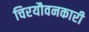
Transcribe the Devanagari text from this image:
चिरयौवनकारी